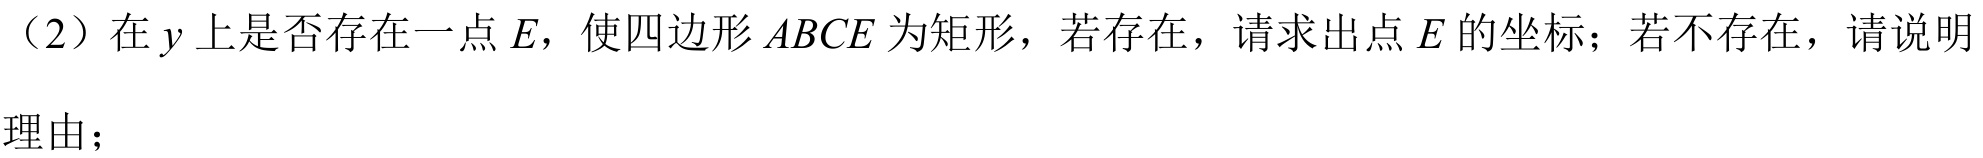
（2）在 \(y\) 上是否存在一点 \(E\)，使四边形 \(ABCE\) 为矩形，若存在，请求出点 \(E\) 的坐标；若不存在，请说明理由；